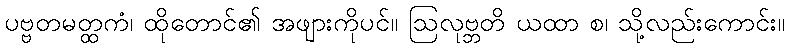
ပဗ္ဗတမတ္ထကံ၊ ထိုတောင်၏ အဖျားကိုပင်။ ဩလုဗ္ဘတိ ယထာ စ၊ သို့လည်းကောင်း။